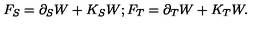
F _ { S } = \partial _ { S } W + K _ { S } W ; F _ { T } = \partial _ { T } W + K _ { T } W .